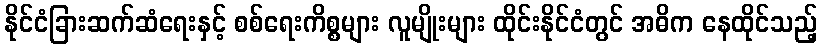
နိုင်ငံခြားဆက်ဆံရေးနှင့် စစ်ရေးကိစ္စများ လူမျိုးများ ထိုင်းနိုင်ငံတွင် အဓိက နေထိုင်သည့်